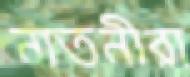
নাতনীরা